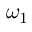
\omega _ { 1 }